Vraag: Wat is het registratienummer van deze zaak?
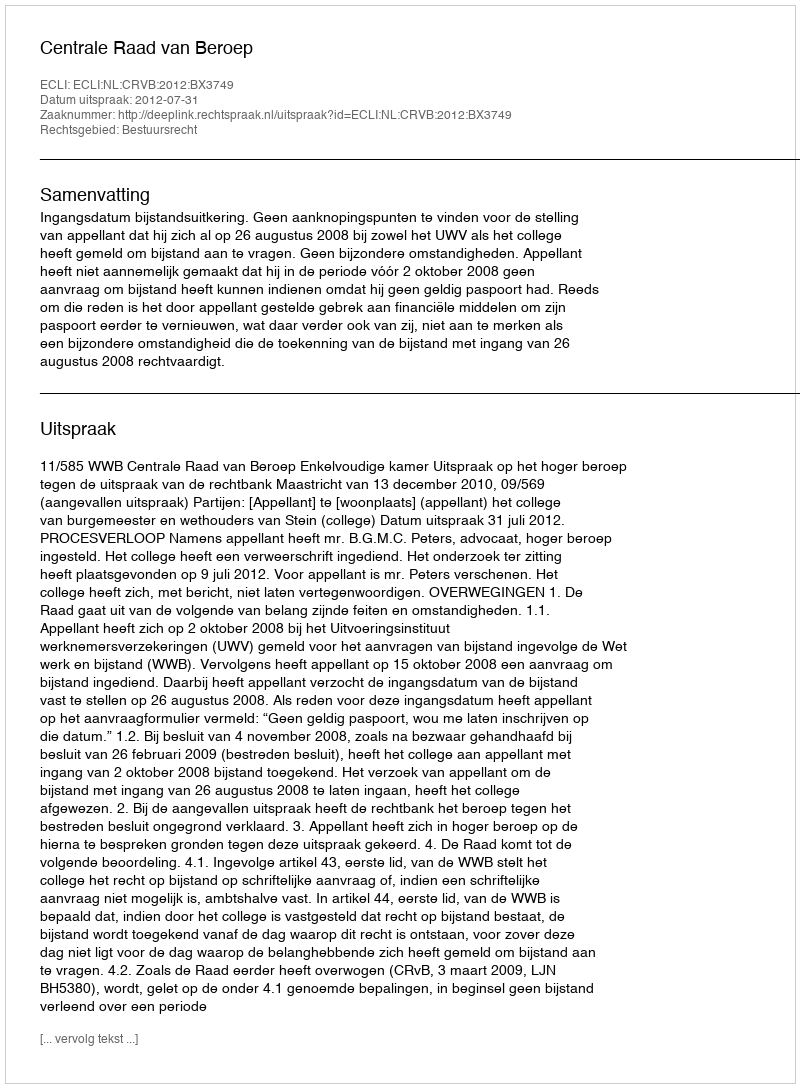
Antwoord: http://deeplink.rechtspraak.nl/uitspraak?id=ECLI:NL:CRVB:2012:BX3749